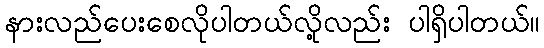
နားလည်ပေးစေလိုပါတယ်လို့လည်း ပါရှိပါတယ်။